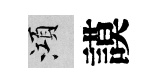
澒謨